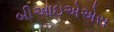
બીઆઇએએસ